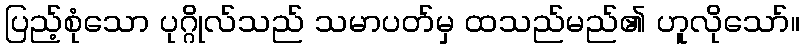
ပြည့်စုံသော ပုဂ္ဂိုလ်သည် သမာပတ်မှ ထသည်မည်၏ ဟူလိုသော်။